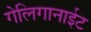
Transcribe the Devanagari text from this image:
गेलिगानाईट